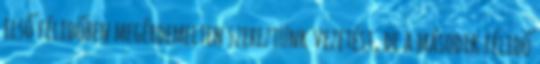
első félidőben megérdemelten szereztünk vezetést, de a második félidő